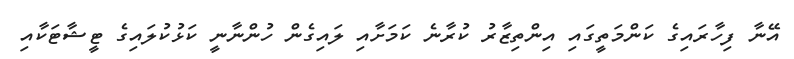
އޭނާ ފިހާރައިގެ ކަންމަތީގައި އިންތިޒާރު ކުރާނެ ކަމަށާއި ލައިގެން ހުންނާނީ ކަޅުކުލައިގެ ޓީޝާޓަކާއި